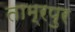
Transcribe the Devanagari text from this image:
ताम्रपुर